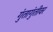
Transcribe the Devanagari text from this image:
गुंतागुंतीवर